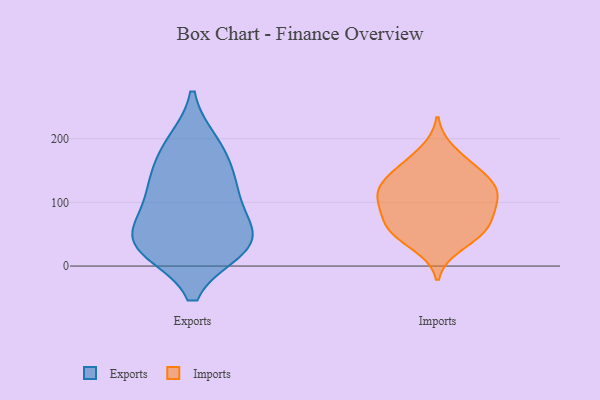
{"axis": {"x": "Waste Production (Tons)", "y": "Value"}, "legend": ["Exports", "Imports"], "data": [{"x": "", "y": 127, "type": "Exports"}, {"x": "", "y": 100, "type": "Exports"}, {"x": "", "y": 32, "type": "Exports"}, {"x": "", "y": 191, "type": "Exports"}, {"x": "", "y": 179, "type": "Exports"}, {"x": "", "y": 47, "type": "Exports"}, {"x": "", "y": 50, "type": "Exports"}, {"x": "", "y": 29, "type": "Exports"}, {"x": "", "y": 33, "type": "Exports"}, {"x": "", "y": 126, "type": "Exports"}, {"x": "", "y": 31, "type": "Imports"}, {"x": "", "y": 153, "type": "Imports"}, {"x": "", "y": 91, "type": "Imports"}, {"x": "", "y": 119, "type": "Imports"}, {"x": "", "y": 181, "type": "Imports"}, {"x": "", "y": 112, "type": "Imports"}, {"x": "", "y": 46, "type": "Imports"}, {"x": "", "y": 122, "type": "Imports"}, {"x": "", "y": 112, "type": "Imports"}, {"x": "", "y": 68, "type": "Imports"}, {"x": "", "y": 144, "type": "Imports"}, {"x": "", "y": 52, "type": "Imports"}, {"x": "", "y": 150, "type": "Imports"}, {"x": "", "y": 70, "type": "Imports"}, {"x": "", "y": 68, "type": "Imports"}, {"x": "", "y": 105, "type": "Imports"}]}